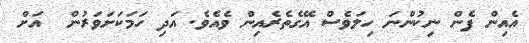
އެއިން ފެން ނިކުންނަ ހިލަވެސް އޭގެތެރެއިން ވެއެވެ. އަދި ހަމަކަށަވަރުން  އަށް